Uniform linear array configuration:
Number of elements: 48
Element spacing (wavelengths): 0.5
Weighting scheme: binomial
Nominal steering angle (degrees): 15
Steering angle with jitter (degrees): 15.289
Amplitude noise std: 0.05
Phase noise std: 0.05

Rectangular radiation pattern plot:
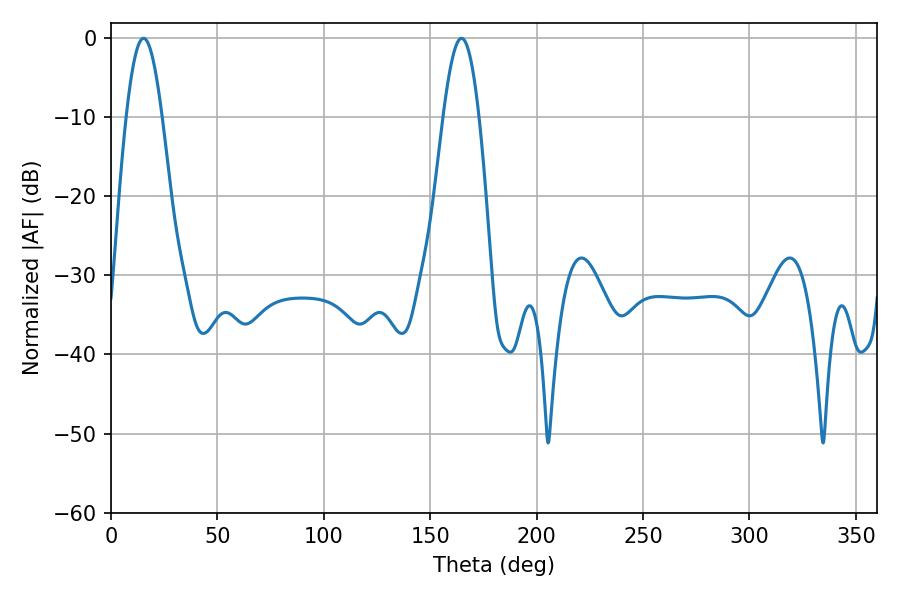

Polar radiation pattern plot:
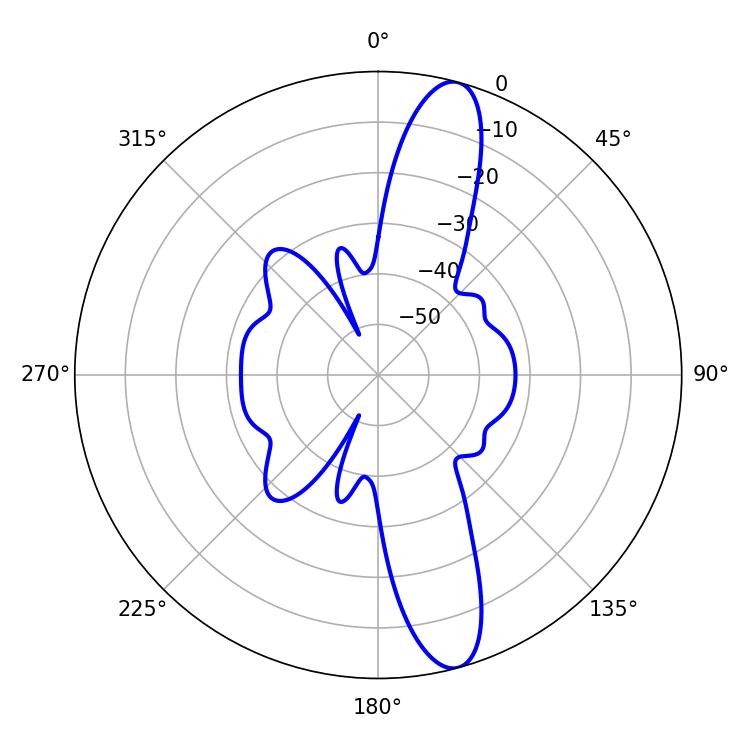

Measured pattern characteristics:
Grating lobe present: FALSE
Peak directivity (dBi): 13.393
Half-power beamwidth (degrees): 9.18
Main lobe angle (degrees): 15.3